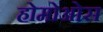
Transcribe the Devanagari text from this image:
होमोओस